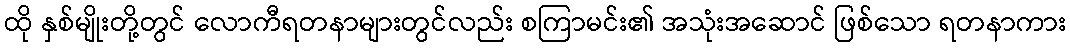
ထို နှစ်မျိုးတို့တွင် လောကီရတနာများတွင်လည်း စကြာမင်း၏ အသုံးအဆောင် ဖြစ်သော ရတနာကား